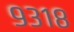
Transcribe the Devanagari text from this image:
९३१८